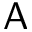
\mathsf A